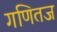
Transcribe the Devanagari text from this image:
गणितज